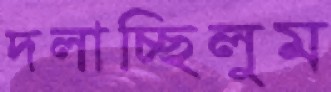
দলাচ্ছিলুম